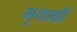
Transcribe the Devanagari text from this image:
मृगाक्षी